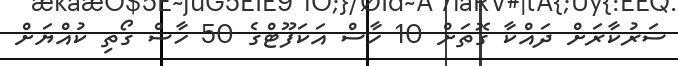
ސަރުކާރަށް ދައްކާ ގޮތަށް 10 ހާސް އަކަފޫޓްގެ 50 ހާސް ގޯތި ކުއްޔަށް